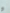
و